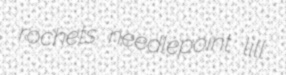
rochets needlepoint lill